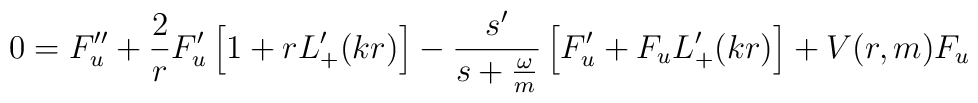
0=F_u^{\prime\prime}+\frac{2}{r}F_u^\prime    \left[1+rL_+^\prime(kr)\right]-\frac{s^\prime}{s+\frac{\omega}{m}}    \left[F_u^\prime+F_u L_+^\prime(kr)\right]+V(r,m) F_u